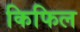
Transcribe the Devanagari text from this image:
किफिल